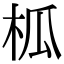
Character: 柧